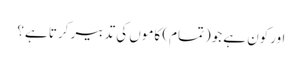
اورکون ہے جو(تمام) کاموں کی تدبیر کرتا ہے؟